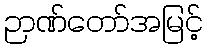
ဉာဏ်တော်အမြင့်